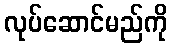
လုပ်ဆောင်မည်ကို